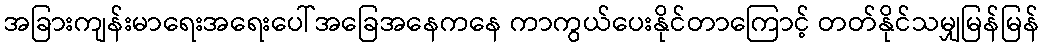
အခြားကျန်းမာရေးအရေးပေါ်အခြေအနေကနေ ကာကွယ်ပေးနိုင်တာကြောင့် တတ်နိုင်သမျှမြန်မြန်